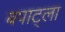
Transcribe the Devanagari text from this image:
बपाट्ला